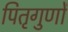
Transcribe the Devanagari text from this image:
पितृगुणों